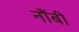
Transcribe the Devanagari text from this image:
नौंबी